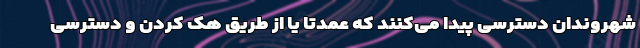
شهروندان دسترسی پیدا می‌کنند که عمدتا یا از طریق هک کردن و دسترسی